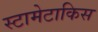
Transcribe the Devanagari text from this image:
स्टामेटाकिस